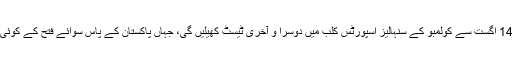
اب دونوں ٹیمیں 14 اگست سے کولمبو کے سنہالیز اسپورٹس کلب میں دوسرا و آخری ٹیسٹ کھیلیں گی، جہاں پاکستان کے پاس سوائے فتح کے کوئی امکان نہیں ہوگا۔